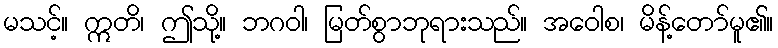
မသင့်။ ဣတိ၊ ဤသို့။ ဘဂဝါ၊ မြတ်စွာဘုရားသည်။ အဝေါစ၊ မိန့်တော်မူ၏။